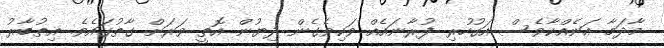
މާދަމާ އަނެއްކާވެސް އަގުހުރި ފުރާނައެއް ވަކިވެގެން ދިޔުން އޮތީ ވަރަށް ގާތުގައެވެ. އިތުބާރު